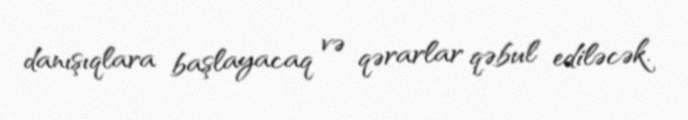
danışıqlara başlayacaq və qərarlar qəbul ediləcək.